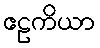
ဧဠကိယာ